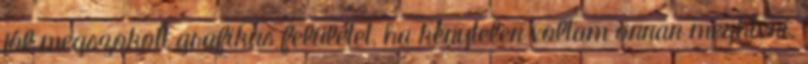
jól megszokott grafikus felületet, ha kénytelen voltam onnan meghívni.